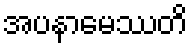
အပနာမေဿတိ